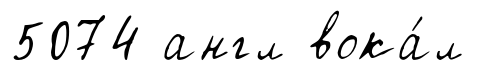
5074 англ вока́л